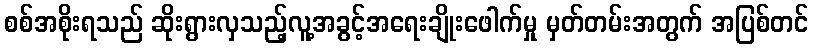
စစ်အစိုးရသည် ဆိုးရွားလှသည့်လူ့အခွင့်အရေးချိုးဖေါက်မှု မှတ်တမ်းအတွက် အပြစ်တင်